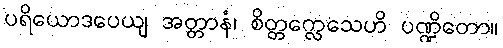
ပရိယောဒပေယျ အတ္တာနံ၊ စိတ္တက္လေသေဟိ ပဏ္ဍိတော။